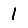
Digit: 1